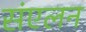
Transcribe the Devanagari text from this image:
संंएलन